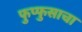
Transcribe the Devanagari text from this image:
फुप्फुसाचा